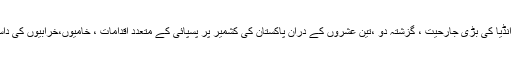
اسی طرح آج کشمیر پر انڈیا کی بڑی جارحیت ، گزشتہ دو ،تین عشروں کے دران پاکستان کی کشمیر پر پسپائی کے متعدد اقدامات ، خامیوں،خرابیوں کی داستان بھی بیان کرتی ہے۔